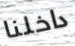
داخلنا